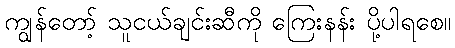
ကျွန်တော့် သူငယ်ချင်းဆီကို ကြေးနန်း ပို့ပါရစေ။